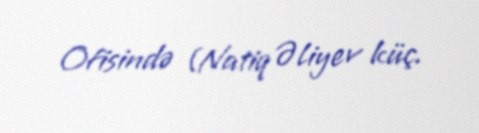
Ofisində (Natiq Əliyev küç.